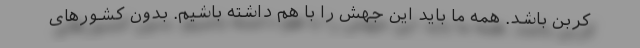
کربن باشد. همه ما باید این جهش را با هم داشته باشیم. بدون کشورهای